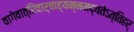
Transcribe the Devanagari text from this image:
वागेवात्रिवार्चाह्यन्नमद्यतेऽत्तिहर्